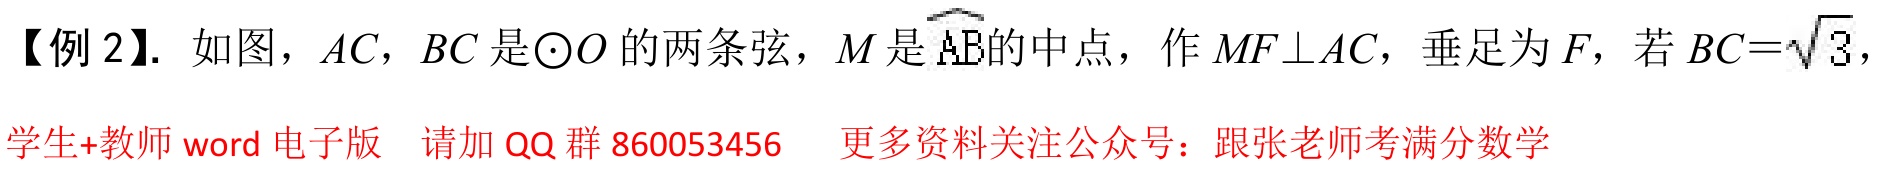
【例 2】. 如图，\(AC\)，\(BC\) 是\(\odot O\) 的两条弦，\(M\) 是 \(\overset{\frown}{AB}\)的中点，作 \(MF\perp AC\)，垂足为 \(F\)，若 \(BC = \sqrt{3}\)，
学生+教师 word 电子版  请加 QQ 群 860053456  更多资料关注公众号：跟张老师考满分数学